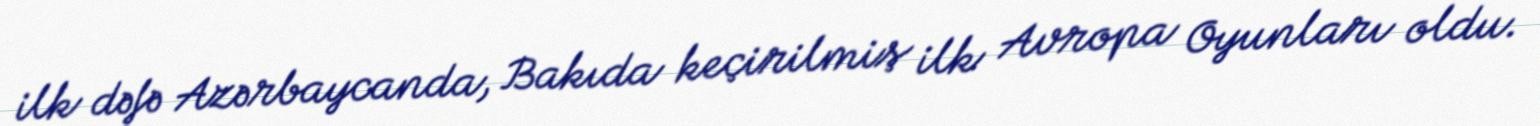
ilk dəfə Azərbaycanda, Bakıda keçirilmiş ilk Avropa Oyunları oldu.